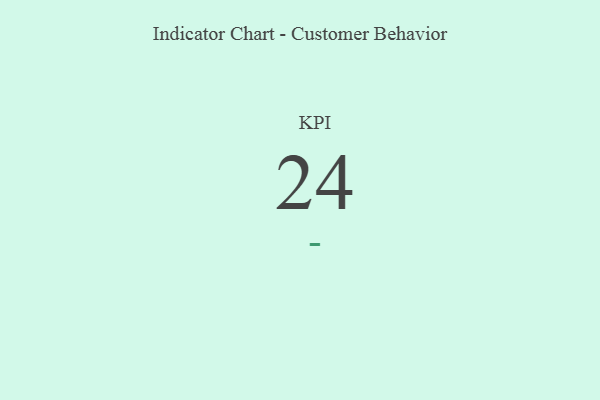
{"axis": {"x": "KPI", "y": "Value"}, "legend": [""], "data": [{"x": "KPI", "y": 24, "type": ""}]}